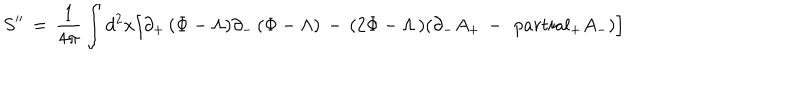
S ^ { \prime \prime } \, = \, { \frac { 1 } { 4 \pi } } \int d ^ { 2 } x \Big [ \partial _ { + } \, ( \Phi - \Lambda ) \partial _ { - } \, ( \Phi - \Lambda ) \, - \, ( 2 \Phi - \Lambda \, ) ( \partial _ { - } A _ { + } \, - \, \ p a r t i a l _ { + } A _ { - } ) \Big ]